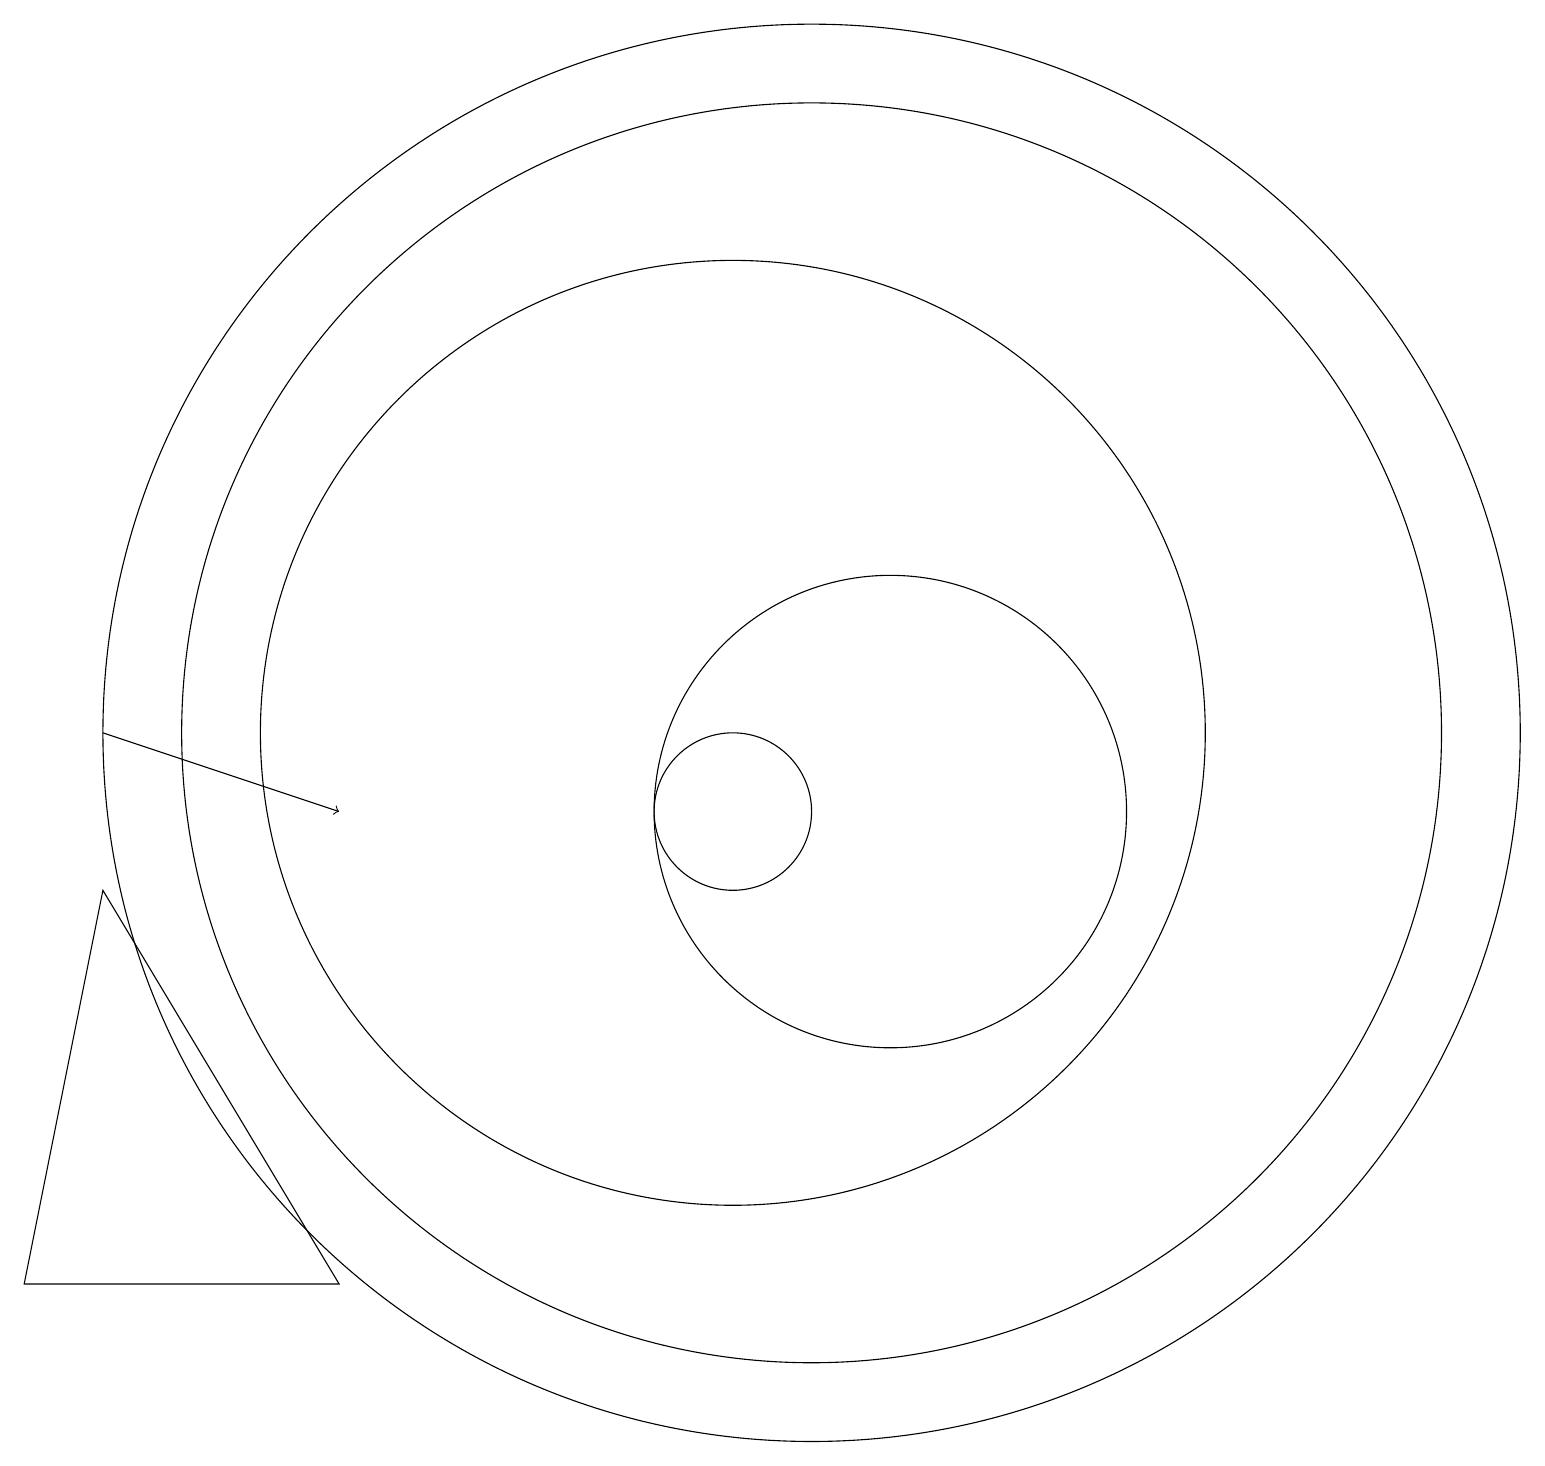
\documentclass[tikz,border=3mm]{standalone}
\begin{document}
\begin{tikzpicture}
\draw (1,4) -- (5,4) -- (2,9) -- cycle;
\draw (10,11) circle (6);
\draw (10,10) circle (1);
\draw (11,11) circle (8);
\draw[->] (2,11) -- (5,10);
\draw (12,10) circle (3);
\draw (11,11) circle (9);
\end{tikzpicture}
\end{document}